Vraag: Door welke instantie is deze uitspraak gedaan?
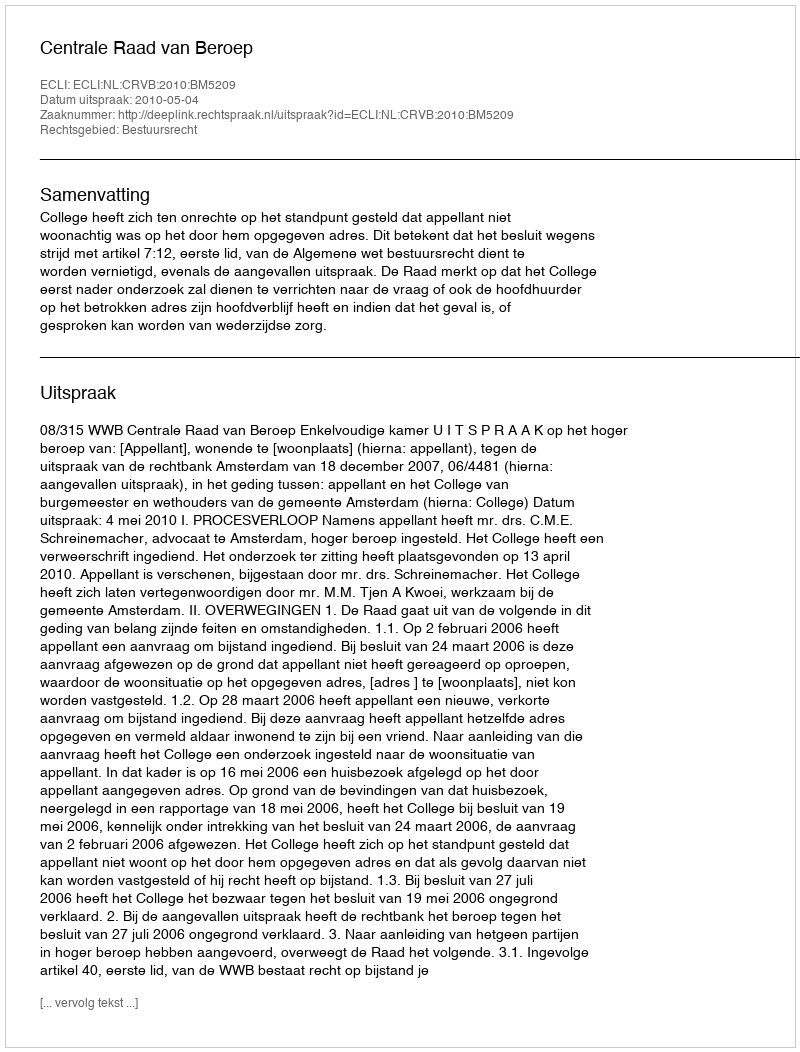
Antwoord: Centrale Raad van Beroep